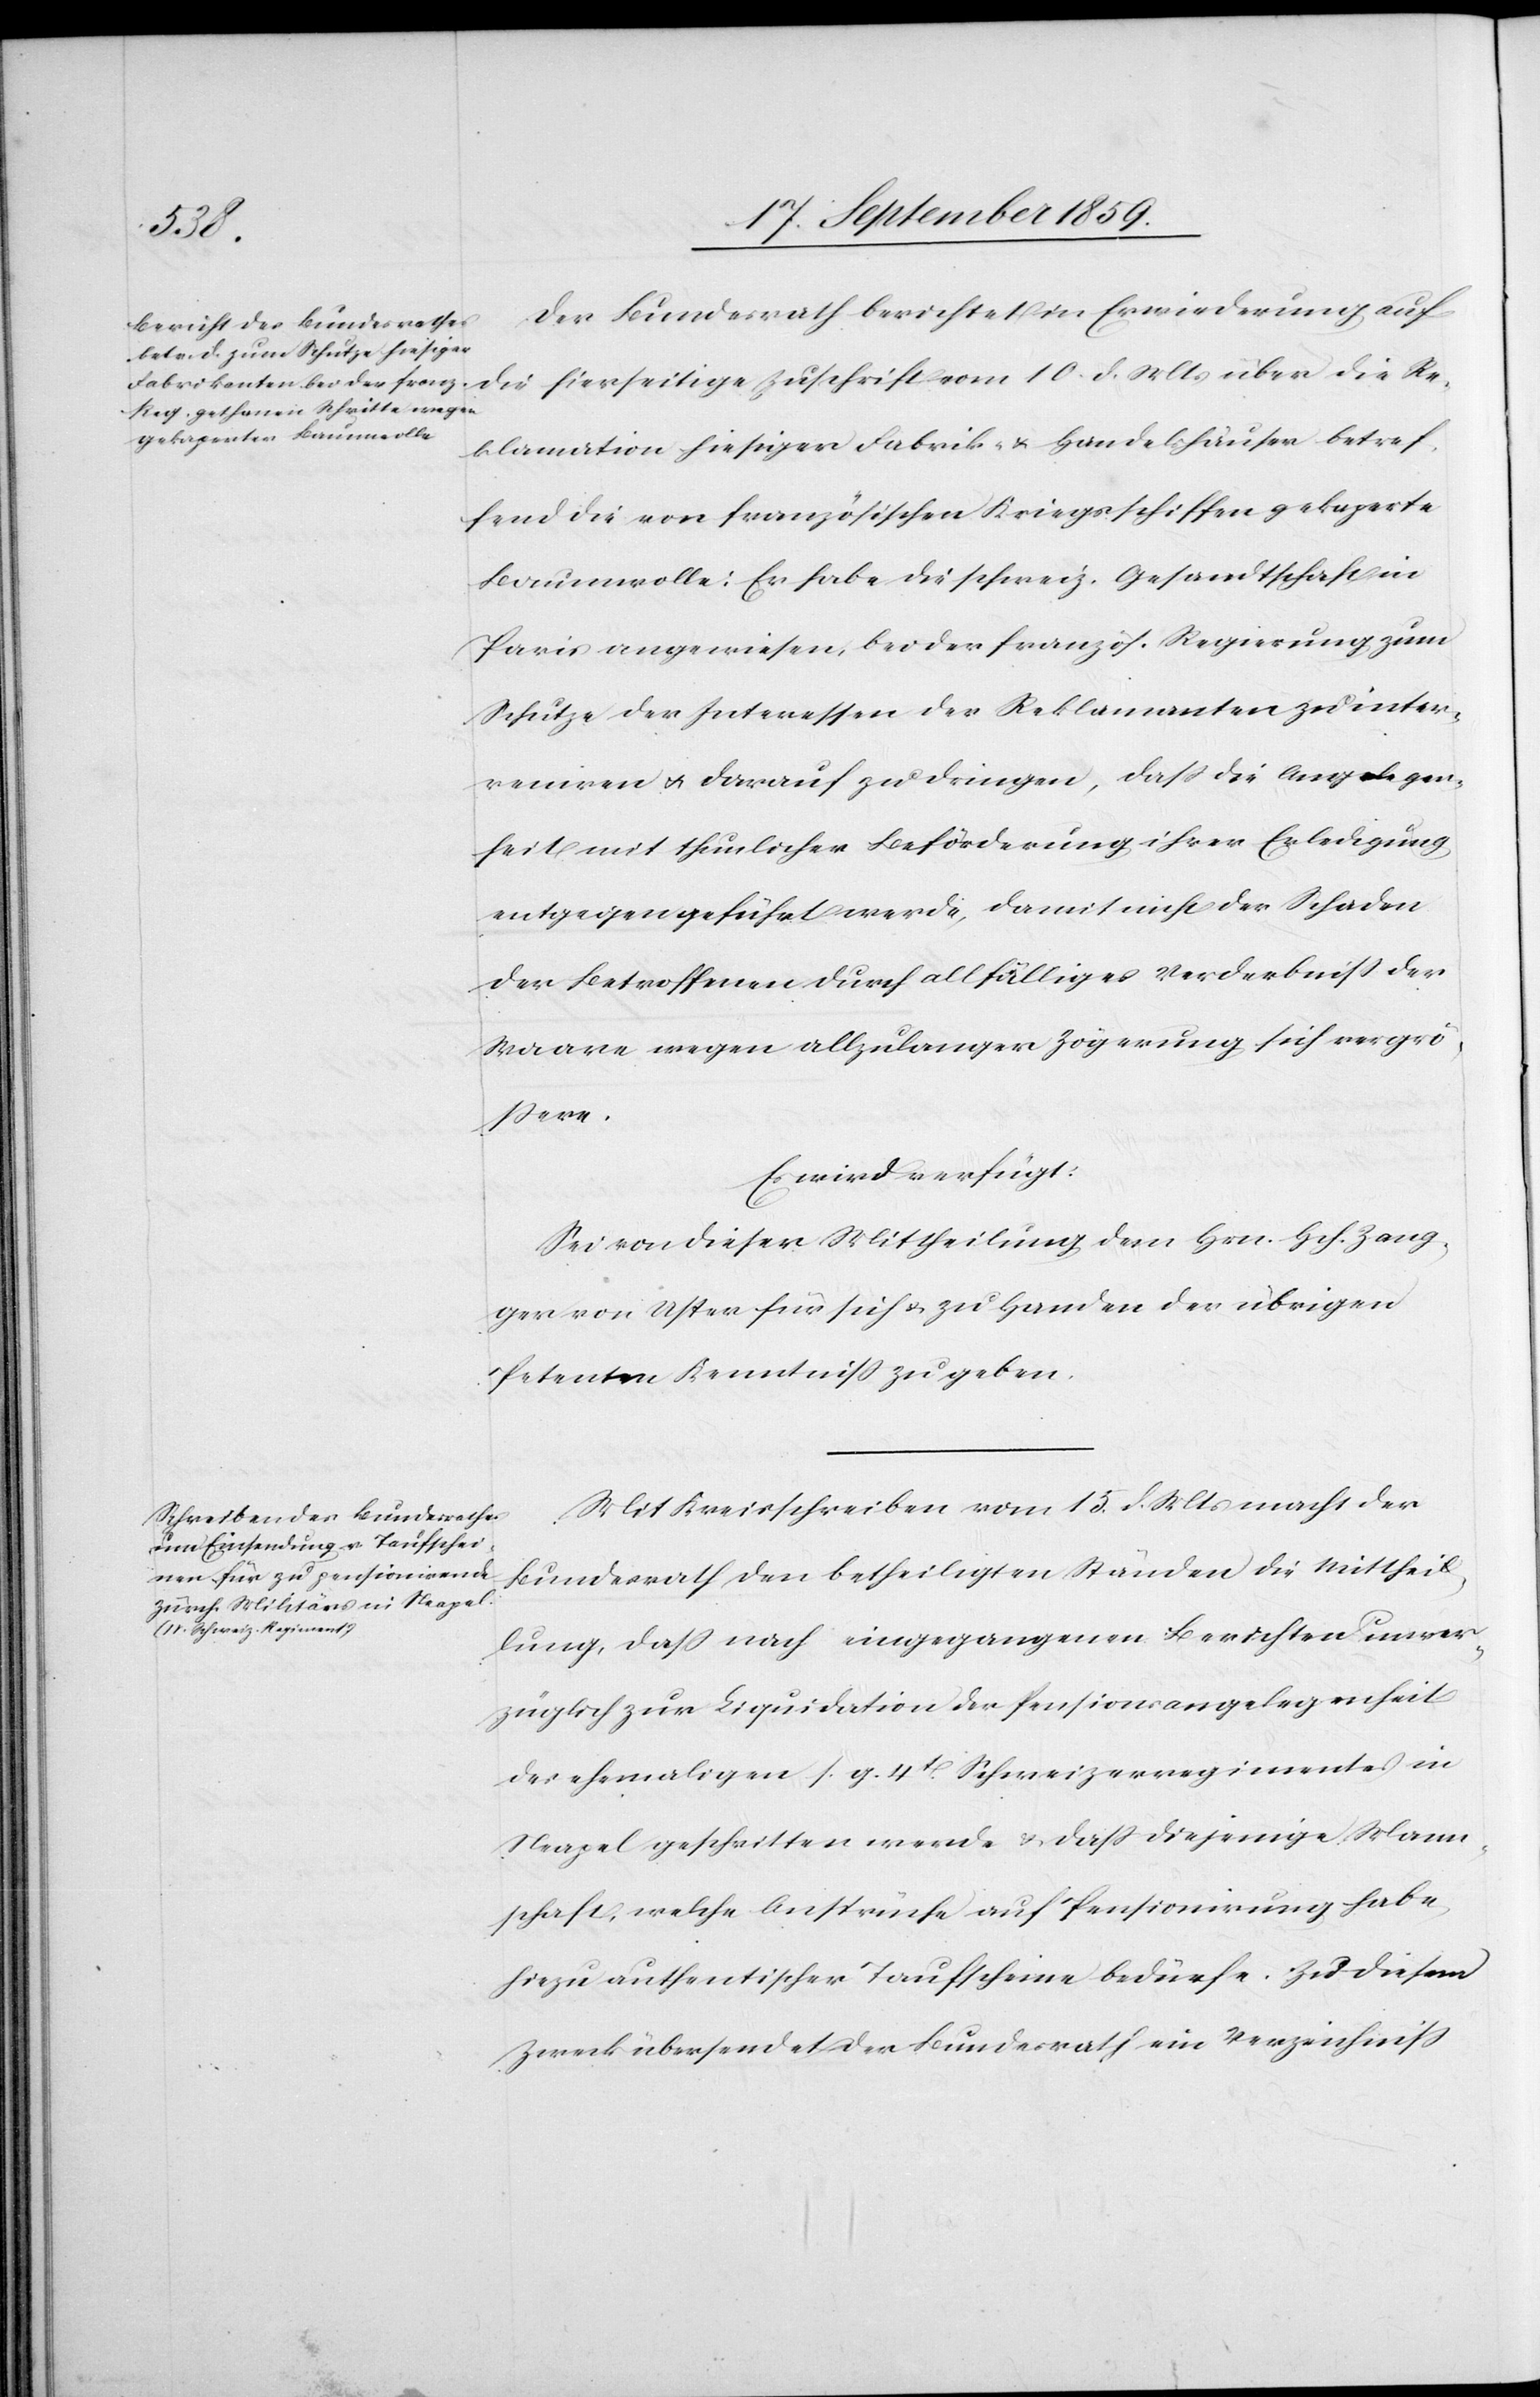
19t. September 1859.]
den
Der Bundesrath berichtet in Erwiederung auf
klamation hiesiger Fabrik- & Handelshäuser betref¬
fend die von französischen Kriegsschiffen gekaperte
Baumwolle: Er habe die schweiz. Gesandtschaft in
Paris angewiesen, bei der französ. Regierung zum
Schutze der Interessen der Reklamanten zu inter¬
venieren & darauf zu dringen, daß die Angelegen¬
heit mit thunlicher Beförderung ihrer Erledigung
entgegengeführt werde, damit nicht der Schaden
der Betroffenen durch allfälliges Verderbniß der
Waare wegen allzulanger Zögerung sich vergrö¬
ßere.
Es wird verfügt:
Sei von dieser Mittheilung dem Hrn. Hch. Zang¬
ger von Uster für sich & zu Handen der übrigen
Petenten Kenntniß zu geben.
Mit Kreisschreiben vom 15. d. Mts. macht der
Bundesrath den betheiligten Ständen die Mittheil¬
ung, daß nach eingegangenen Berichten unver¬
züglich zur Liquidation der Pensionsangelegenheit
des ehemaligen s. g. 4t. Schweizerregimentes in
Neapel geschritten werde & daß diejenige Mann¬
schaft, welche Ansprüche auf Pensionirung habe,
hiezu authentischer Taufscheine bedürfe. Zu diesem
Zweck übersendet der Bundesrath ein Verzeichniß